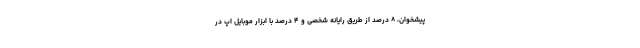
پیشخوان‌، ۸ درصد از طریق رایانه شخصی و ۴ درصد با ابزار موبایل اپ در